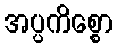
အပ္ပကိစ္စော